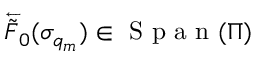
\overleftarrow { \tilde { F } } _ { 0 } ( \sigma _ { q _ { m } } ) \in \mathrm { ~ S ~ p ~ a ~ n ~ } ( \Pi )